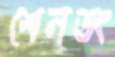
শেনডং